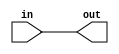
module buff(out, in);
	output out;
	input  in;
	assign out = in;
endmodule

module Test(LEDR, SW);
	output [9:0] LEDR;
	input  [0:9] SW;
	
	generate
		genvar i;
		for (i=0; i<10; i=i+1) begin: m
			assign LEDR[i] = SW[i];
			//buff name(LEDR[i], SW[i]);
		end
	endgenerate
endmodule